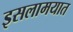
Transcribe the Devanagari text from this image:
इसलामयात